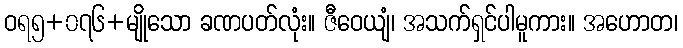
ဝရ၅+၀၇၆+မျိုသော ခဏပတ်လုံး။ ဇီဝေယျံ၊ အသက်ရှင်ပါမူကား။ အဟောတ၊